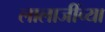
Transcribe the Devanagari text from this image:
लालाजींच्या